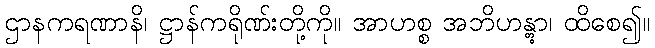
ဌာနကရဏာနိ၊ ဋ္ဌာန်ကရိုဏ်းတို့ကို။ အာဟစ္စ အဘိဟန္တွာ၊ ထိစေ၍။